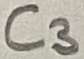
Text: C3